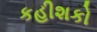
કહીશકો